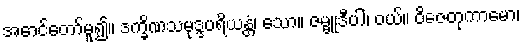
အောင်တော်မူ၍။ ဒက္ခိဏသမုဒ္ဒပရိယန္တံ၊ သော။ ဇမ္ဗူဒီပါ၊ ဝယ်။ ဝိဇေတုကာမော၊